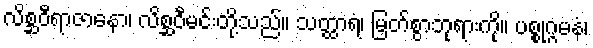
လိစ္ဆဝီရာဇာနော၊ လိစ္ဆဝီမင်းတို့သည်။ သတ္ထာရံ၊ မြတ်စွာဘုရားကို။ ပစ္စုဂ္ဂမနံ၊